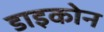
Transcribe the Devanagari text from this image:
डाइकोन